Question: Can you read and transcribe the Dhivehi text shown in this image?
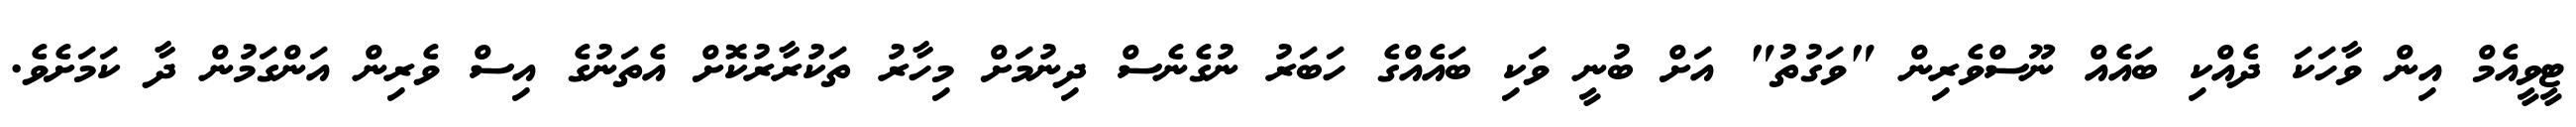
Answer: ޓީވީއެމް އިން ވާހަކަ ދެއްކި ބައެއް ނޫސްވެރިން "ވަގުތު" އަށް ބުނީ ވަކި ބައެއްގެ ހަބަރު ނުގެނެސް ދިނުމަށް މިހާރު ތަކުރާރުކޮށް އެތަނުގެ އިސް ވެރިން އަންގަމުން ދާ ކަމަށެވެ.